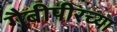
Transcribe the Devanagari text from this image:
गैबीपीरच्या